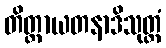
တိတ္ထာယတနာဒိသုတ္တံ